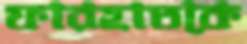
ফারহাতকে